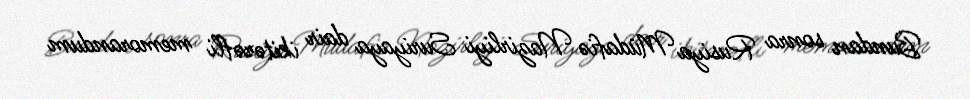
Bundan sonra Rusiya Müdafiə Nazirliyi Suriyaya dair ikitərəfli memorandum